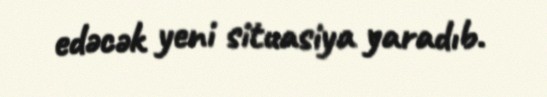
edəcək yeni situasiya yaradıb.